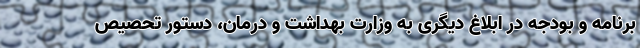
برنامه و بودجه در ابلاغ دیگری به وزارت بهداشت و درمان، دستور تحصیص